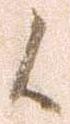
候